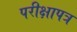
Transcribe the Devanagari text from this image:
परीक्षापत्र